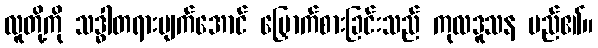
လူတို့ကို သဒ္ဓါတရားပျက်အောင် မြှောက်စားခြင်းသည် ကုလဒူသန မည်၏။